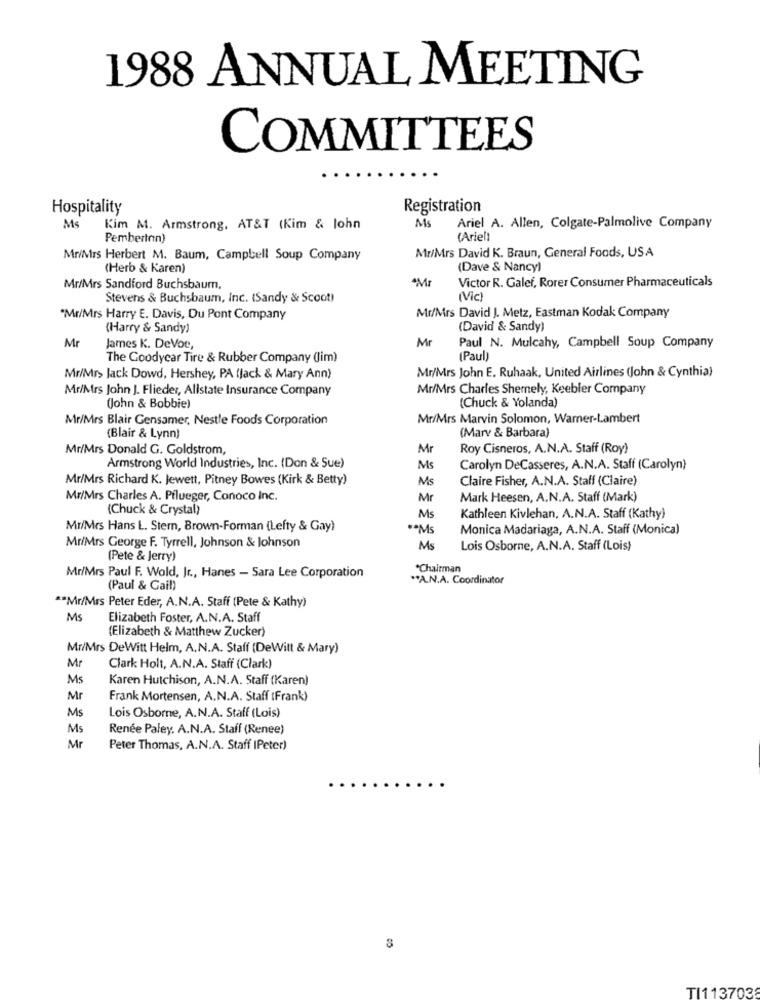
1988 ANNUAL MEETING
COMMITTEES
Hospitality
Registration
Ms
Ms
Kim M. Armstrong, AT&T (Kim & John
Ariel A. Allen, Colgate-Palmolive Company
Pemberton)
(Ariel1
Mr/Mrs David K. Braun, General Foods, USA
MriMrs Herbert M. Baum, Campbell Soup Company
(Herb & Karen)
(Dave & Nancy)
Mr
Victor R. Galef, Rorer Consumer Pharmaceuticals
Mr/Mrs Sandford Buchsbaum,
Stevens & Buchsbaum, Inc. (Sandy & Scoot)
(Vic)
"Mr/Mrs Harry E. Davis, Du Pont Company
Mr/Mrs David J. Metz, Eastman Kodak Company
(Harry & Sandy)
(David & Sandy)
Mr
Paul N. Mulcahy, Campbell Soup Company
Mr
James K. DeVoe,
The Goodyear Tire & Rubber Company (Jim)
(Paul)
Mr/Mrs John E. Ruhaak, United Airlines (John & Cynthia)
Mr/Mr> Jack Dowd, Hershey, PA (jack & Mary Ann)
Mr/Mrs John J. Flieder, Allstate Insurance Company
Mr/Mrs Charles Shemely, Keebler Company
(John & Bobbie)
(Chuck & Yolanda)
Mr/Mrs Blair Gensamer, Nestle Foods Corporation
Mr/Mrs Marvin Solomon, Warner-Lambert
(Blair & Lynn)
(Marv & Barbara)
Mr/Mrs Donald G. Goldstrom,
Mr
Roy Cisneros, A.N.A. Staff (Roy)
Armstrong World Industries, Inc. (Don & Sue)
Ms
Carolyn DeCasseres, A.N.A. Staff (Carolyn)
Mr/Mrs Richard K. Jewett, Pitney Bowes (Kirk & Betty)
Ms
Claire Fisher, A.N.A. Staff (Claire)
Mr/Mrs Charles A. Pflueger, Conoco Inc.
Mr
Mark Heesen, A.N.A. Staff (Mark)
(Chuck & Crystal)
Ms
Kathleen Kivlehan, A.N.A. Staff (Kathy)
Mr/Mrs Hans L. Stern, Brown-Forman (Lefty & Gay)
** Ms
Monica Madariaga, A.N.A. Staff (Monica)
Mr/Mrs George F. Tyrrell, Johnson & Johnson
Ms
Lois Osborne, A.N.A. Staff (Lois)
(Pete & Jerry)
*Chairman
Mr/Mrs Paul F. Wold, Jr ., Hanes - Sara Lee Corporation
"A.N.A. Coordinator
(Paul & Gail)
** Mr/Mrs Peter Eder, A.N.A. Staff (Pete & Kathy)
Ms
Elizabeth Foster, A.N.A. Staff
(Elizabeth & Matthew Zucker)
Mr/Mrs DeWitt Helm, A.N.A. Staff (DeWitt & Mary)
Mr
Clark Holt, A.N.A. Staff (Clark)
Ms
Karen Hutchison, A.N.A. Staff (Karen)
Mr
Frank Mortensen, A.N.A. Staff (Frank)
Ms
Lois Osborne, A.N.A. Staff (Lois)
Ms
Renée Paley. A.N.A. Staff (Renee)
Mr
Peter Thomas, A.N.A. Staff IPeter)
TI113703